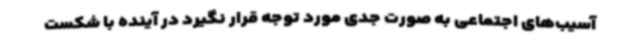
آسیب‌های اجتماعی به صورت جدی مورد توجه قرار نگیرد در آینده با شکست